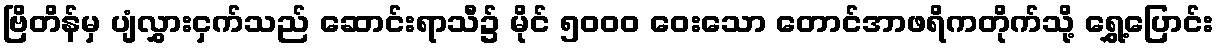
ဗြိတိန်မှ ပျံလွှားငှက်သည် ဆောင်းရာသီ၌ မိုင် ၅၀၀၀ ဝေးသော တောင်အာဖရိကတိုက်သို့ ရွှေ့ပြောင်း